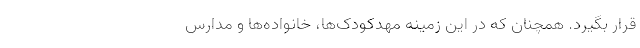
قرار بگیرد. همچنان که در این زمینه مهدکودک‌ها، خانواده‌ها و مدارس